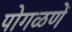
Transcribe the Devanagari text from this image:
पोगळणें